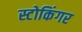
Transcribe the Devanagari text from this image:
स्टोकिंगर